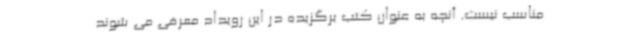
مناسب نیست. آنچه به عنوان کتب برگزیده در این رویداد معرفی می شوند